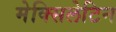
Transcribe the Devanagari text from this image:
मेक्सिलेटिन